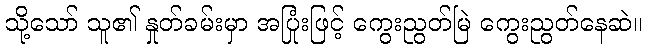
သို့သော် သူ၏ နှုတ်ခမ်းမှာ အပြုံးဖြင့် ကွေးညွတ်မြဲ ကွေးညွတ်နေဆဲ။